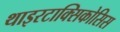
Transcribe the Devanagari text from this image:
थाइरटाक्सिकोसिस